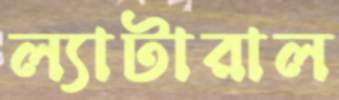
ল্যাটারাল